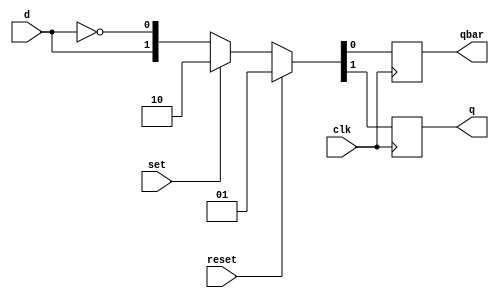
module dff_psr_sync(output reg q, qbar, input d, clk, reset, set);
    always @(posedge clk) begin
        if(reset)
            {q, qbar} <= 2'b01;
        else if(set)
            {q, qbar} <= 2'B10;
        else
            {q, qbar} <= {d, ~d};
    end
endmodule